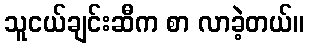
သူငယ်ချင်းဆီက စာ လာခဲ့တယ်။